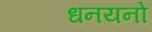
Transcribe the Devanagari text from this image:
धनयनों